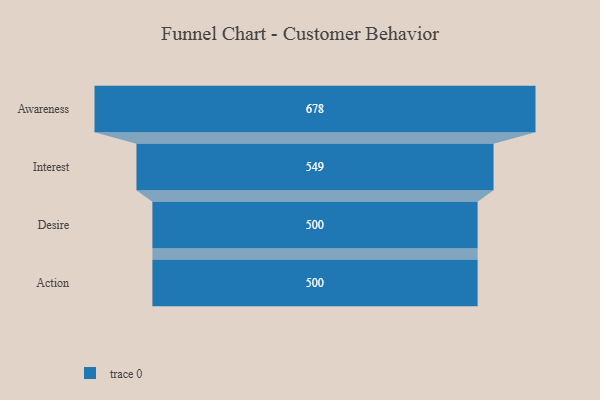
{"axis": {"x": "Stage", "y": "Value"}, "legend": [""], "data": [{"x": "Awareness", "y": 678.0, "type": ""}, {"x": "Interest", "y": 549.0, "type": ""}, {"x": "Desire", "y": 500, "type": ""}, {"x": "Action", "y": 500, "type": ""}]}